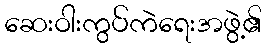
ဆေးဝါးကွပ်ကဲရေးအဖွဲ့၏